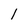
Character: 1